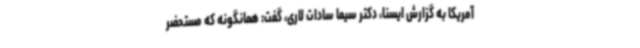
آمریکا به گزارش ایسنا، دکتر سیما سادات لاری، گفت: همانگونه که مستحضر